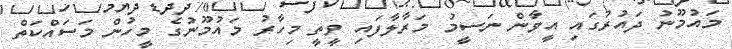
މައުމޫނު ދައުރުގައި އީވާން ނަސީމު މަރާލާފައި ވީތީ މިހާރު މައުމޫނުގެ މީހުން މަސައްކަތް